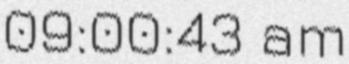
09:00:43 am